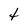
Character: t